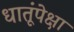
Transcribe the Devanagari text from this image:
धातूंपेक्षा